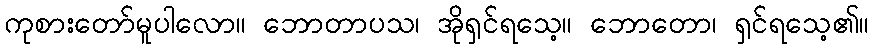
ကုစားတော်မူပါလော။ ဘောတာပသ၊ အိုရှင်ရသေ့။ ဘောတော၊ ရှင်ရသေ့၏။